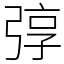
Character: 弴